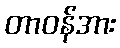
တာဝန်အား